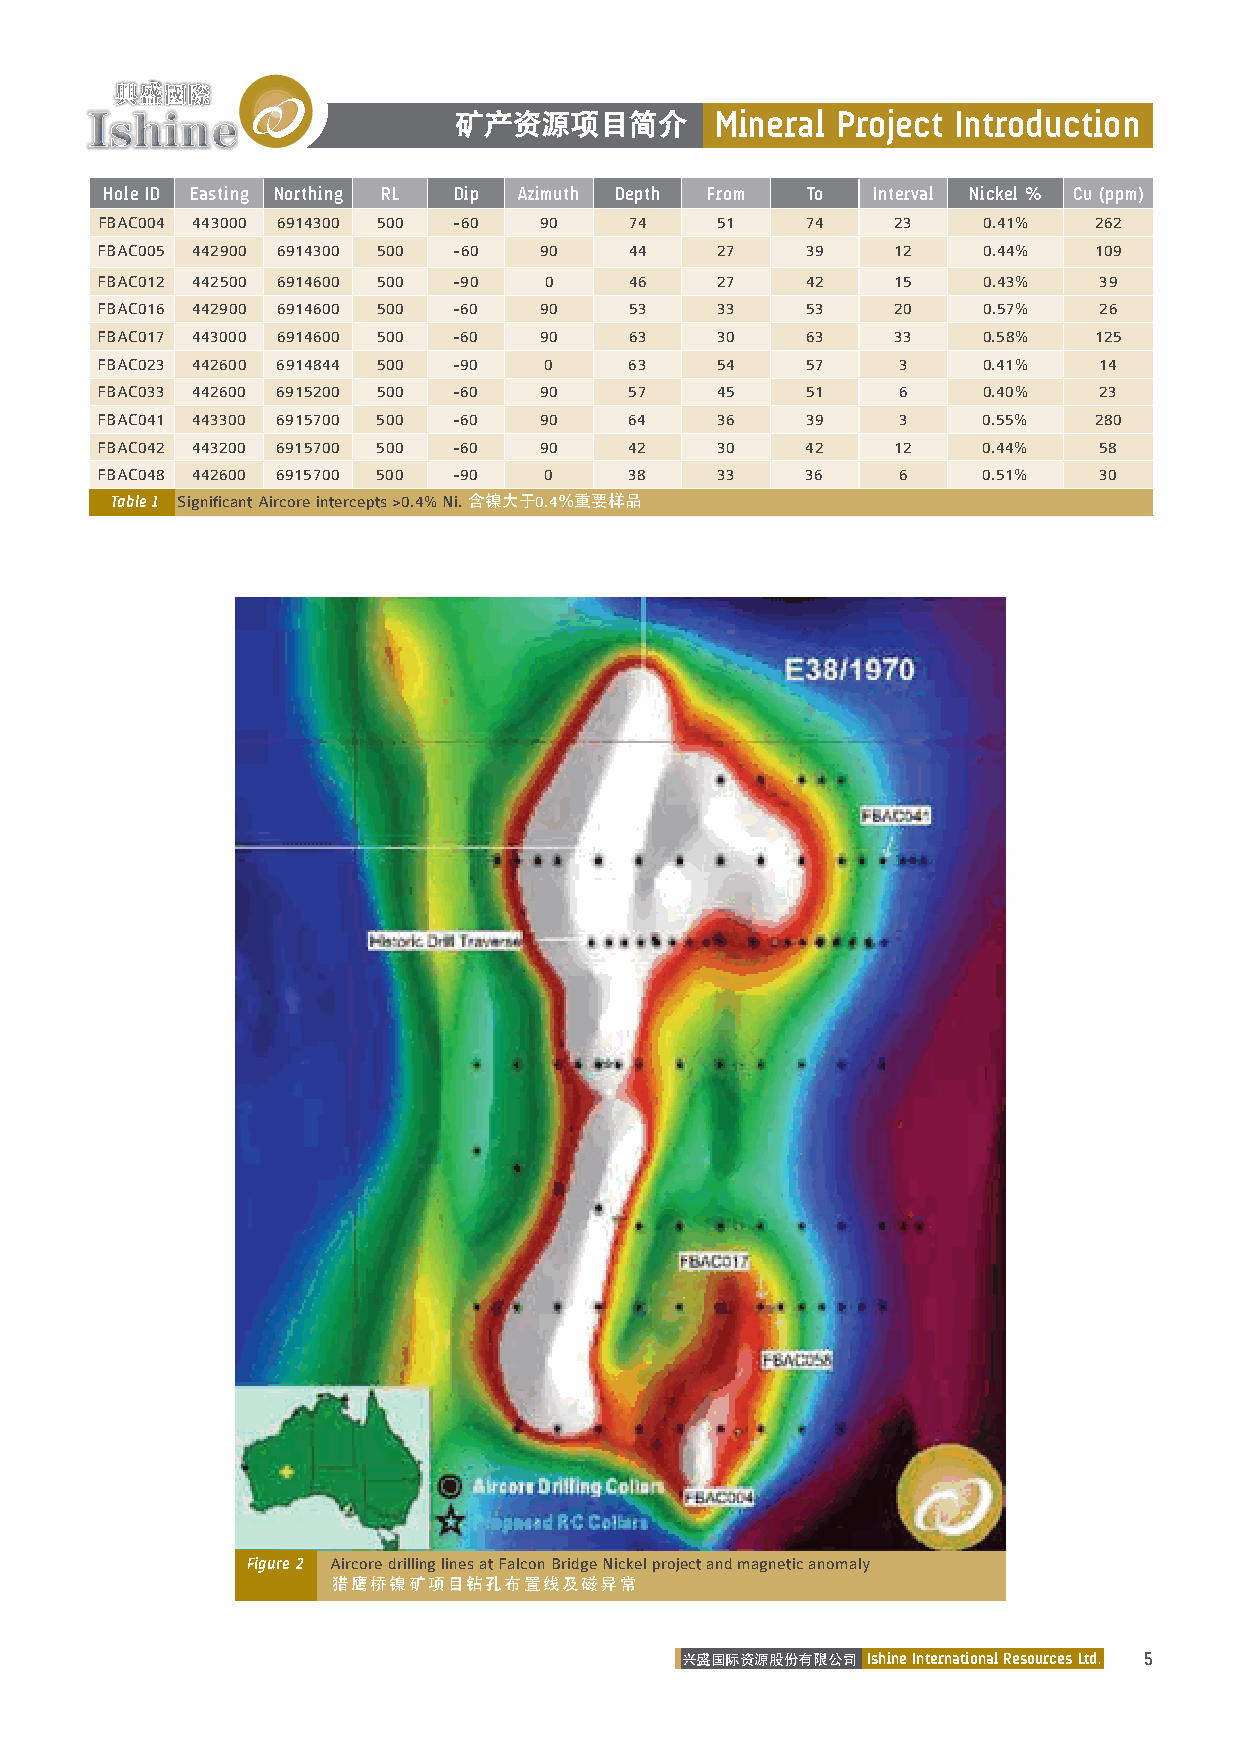
矿产资源项目简介         Mineral Project Introduction
 Hole ID Easting Northing RL Dip Azimuth Depth From To Interval Nickel % Cu (ppm)
 FBAC004 443000 6914300 500 -60 90   74   51    74    23    0.41%  262
 FBAC005 442900 6914300 500 -60 90   44   27    39    12    0.44%  109
 FBAC012 442500 6914600 500 -90 0    46   27    42    15    0.43%   39
 FBAC016 442900 6914600 500 -60 90   53   33    53    20    0.57%   26
 FBAC017 443000 6914600 500 -60 90   63   30    63    33    0.58%  125
 FBAC023 442600 6914844 500 -90 0    63   54    57    3     0.41%   14
 FBAC033 442600 6915200 500 -60 90   57   45    51    6     0.40%   23
 FBAC041 443300 6915700 500 -60 90   64   36    39    3     0.55%  280
 FBAC042 443200 6915700 500 -60 90   42   30    42    12    0.44%   58
 FBAC048 442600 6915700 500 -90 0    38   33    36    6     0.51%   30
 Table 1 Significant Aircore intercepts >0.4% Ni. 含镍大于0.4％重要样品
 Figure 2 Aircore drilling lines at Falcon Bridge Nickel project and magnetic anomaly
 猎鹰桥镍矿项目钻孔布置线及磁异常
 兴盛国际资源股份有限公司 Ishine International Resources Ltd. 5